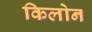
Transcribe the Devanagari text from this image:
किलोन